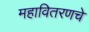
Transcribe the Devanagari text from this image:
महावितरणचे